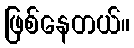
ဖြစ်နေတယ်။